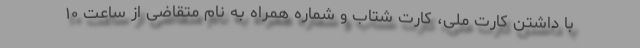
با داشتن کارت ملی، کارت شتاب و شماره همراه به نام متقاضی از ساعت ۱۰